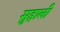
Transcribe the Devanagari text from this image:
सुहाली